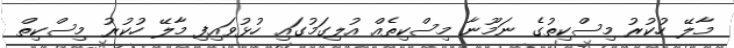
މާލޭ ހުކުރު މިސްކިތުގެ ނަމޫނާ މިސްކިތެއް އުލިގަމުގައި ހުޅުވައިފި މާލޭ ހުކުރު މިސްކިތް